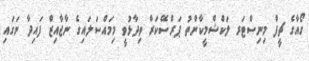
ގޯއާގެ ޗީފް މިނިސްޓަރ ލަކްޝްމީކާންތު ޕަރްސޭކަރް ވިދާޅުވީ މިމައްސަލައިގެ ނާޖާއިޒް ފައިދާ ނަގައި